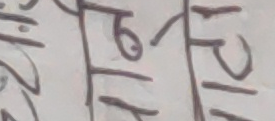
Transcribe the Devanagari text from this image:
गरि